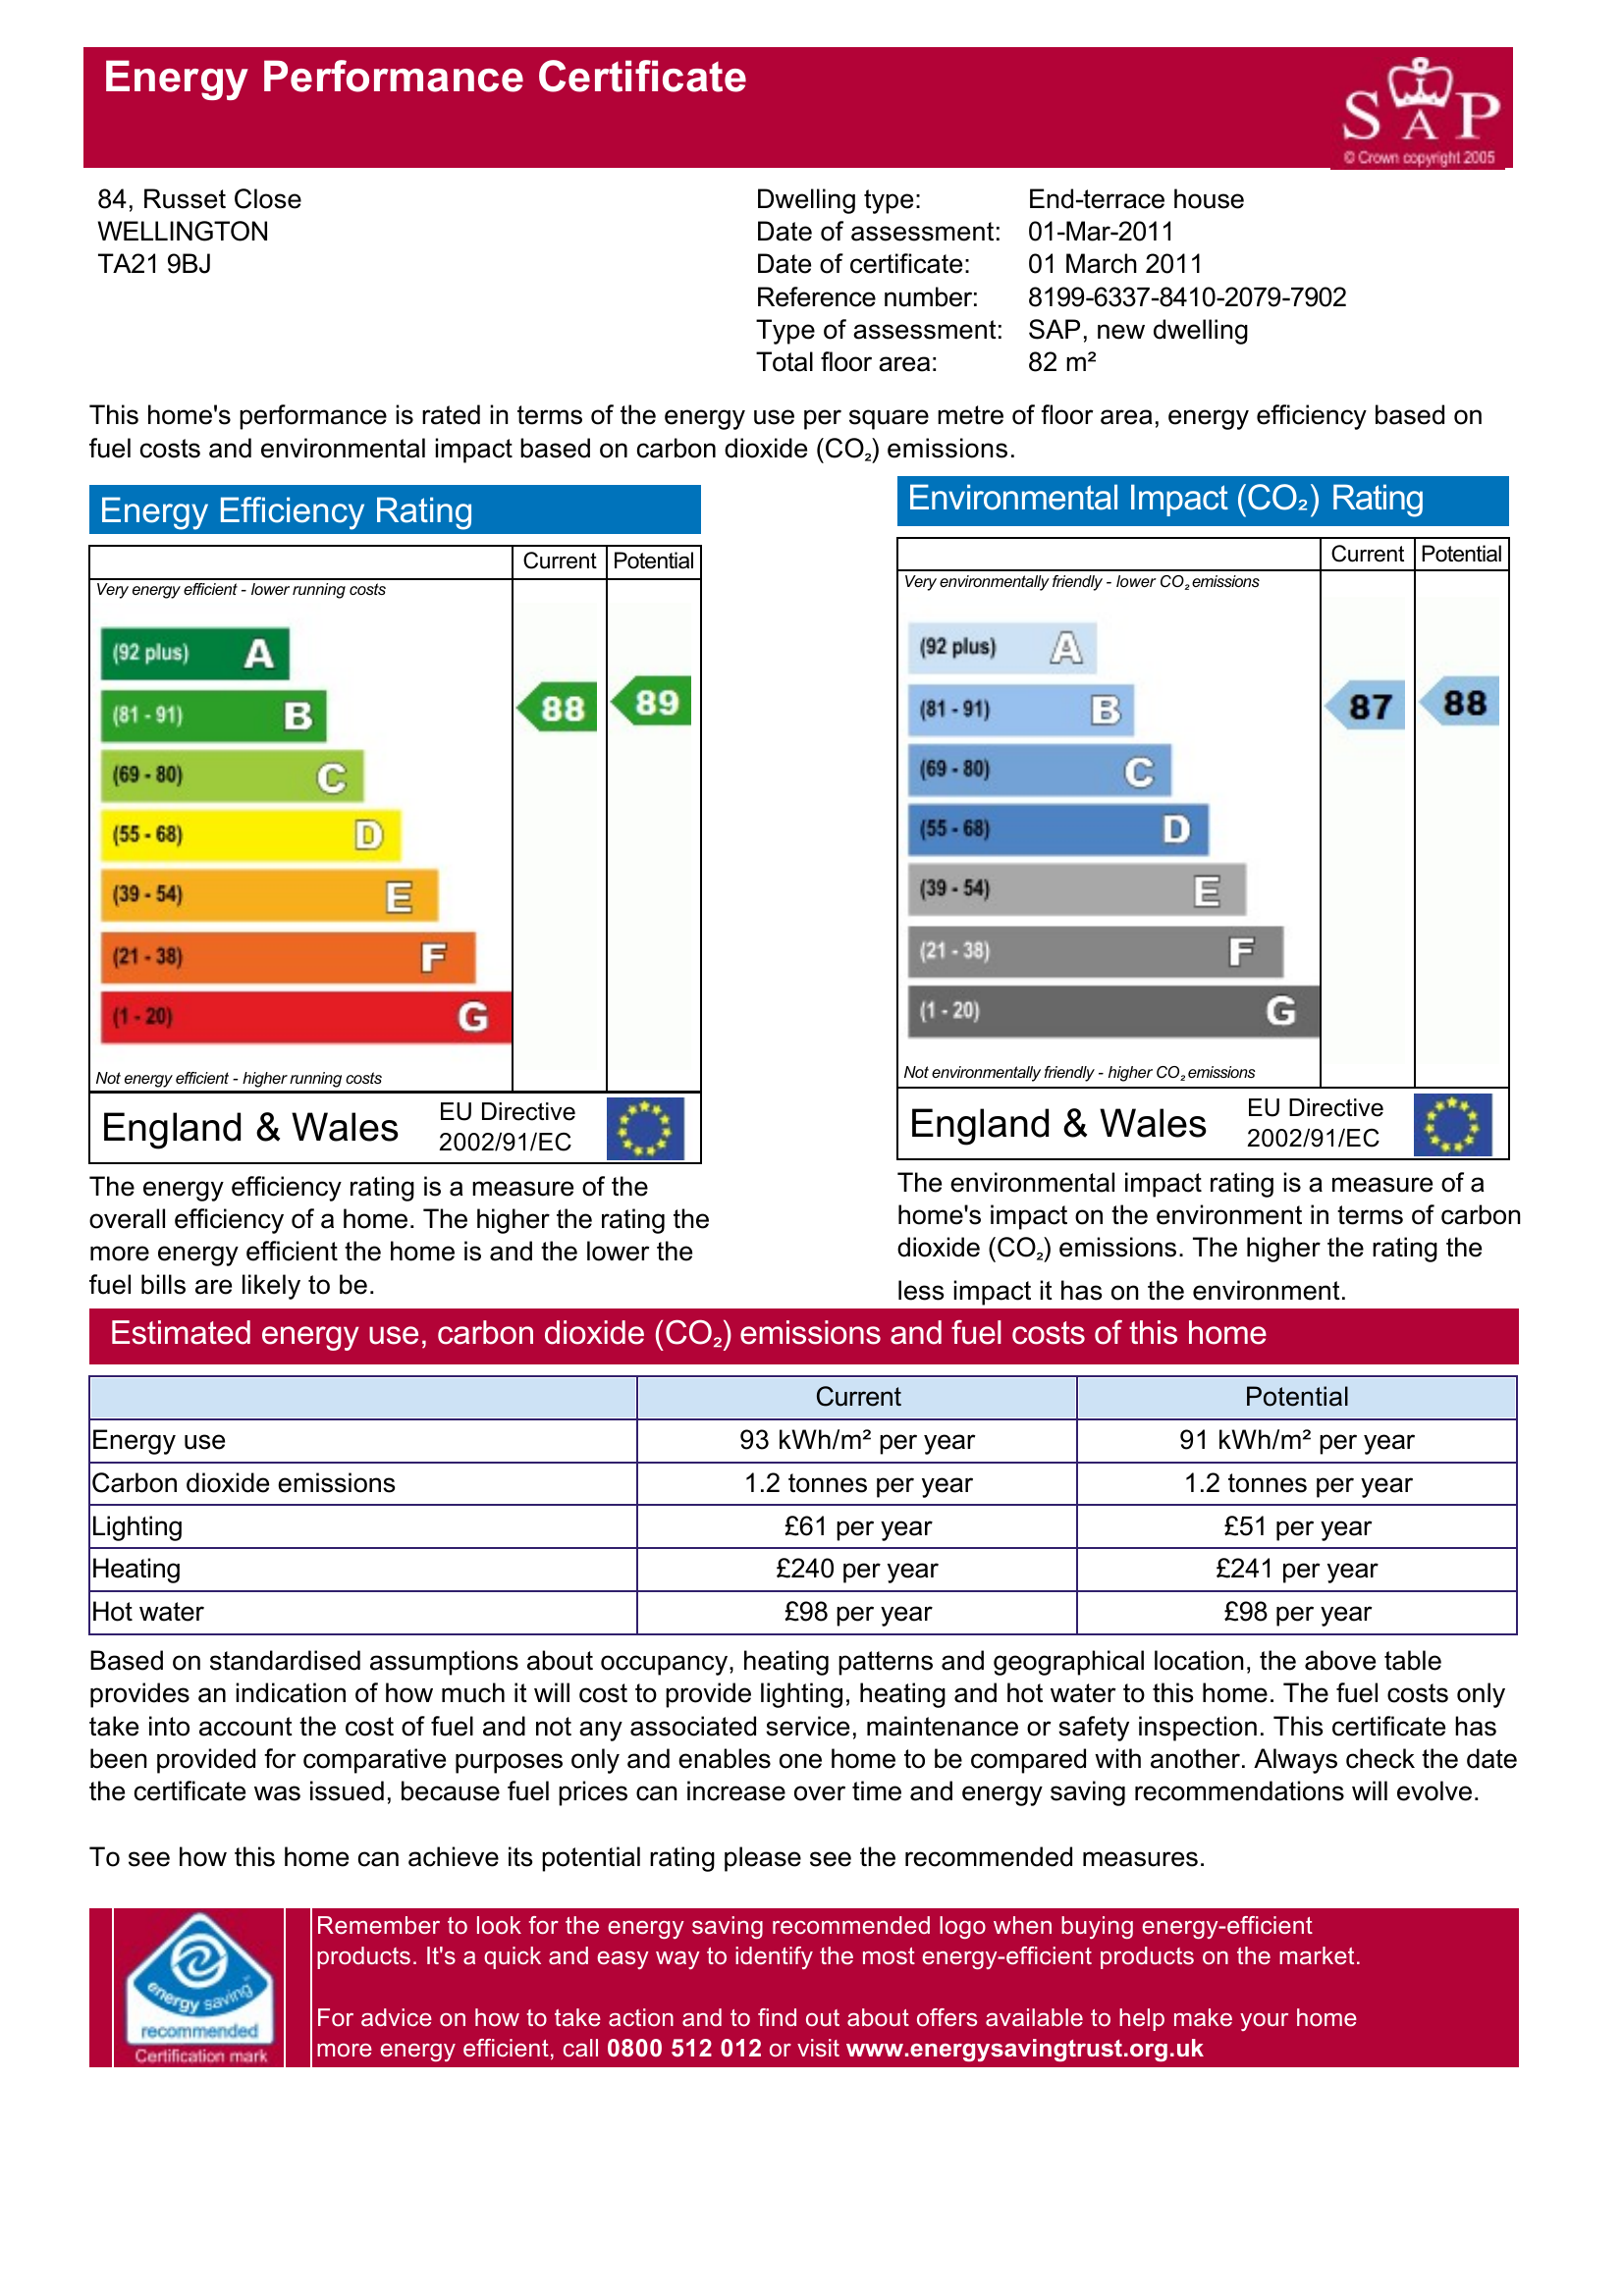
Current energy efficiency rating: B (score 88)
Potential energy efficiency rating: B (score 89)
Current environmental impact (CO2) rating: B (score 87)
Potential environmental impact (CO2) rating: B (score 88)